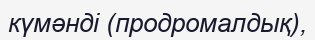
күмәнді (продромалдық),